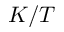
K / T